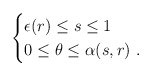
\begin{align*} \begin{cases} \epsilon(r)\leq s\leq 1 \\ 0\leq\theta\leq \alpha(s,r)\ . \end{cases}\end{align*}